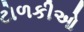
ટોળકીઓ